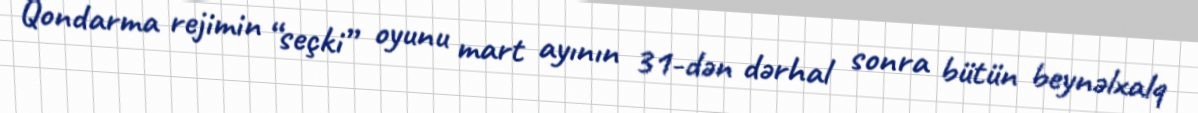
Qondarma rejimin “seçki” oyunu mart ayının 31-dən dərhal sonra bütün beynəlxalq